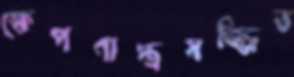
ক্ষেপণাস্ত্রসজ্জিত